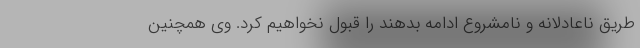
طریق ناعادلانه و نامشروع ادامه بدهند را قبول نخواهیم کرد. وی همچنین